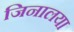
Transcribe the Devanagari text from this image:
जिनालया